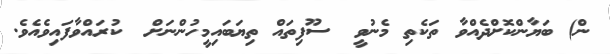
ން) ބަޔާންކޮށްދެއްވާ ތަކެތި މެނުވީ  ސޫފިތައް ތިޔަބައިމީހުންނަށް  ކުރައްވާފައިވެއެވެ.